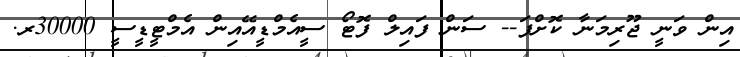
އިން ވަނީ ޖޫރިމަނާ ކޮށްފަ-- ސަން ފައިލް ފޮޓޯ ސީއެމްޑީއޭއިން އެމްޓީޑީސީ 30000ރ.